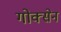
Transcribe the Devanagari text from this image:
गोक्सेन